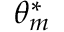
\theta _ { m } ^ { * }